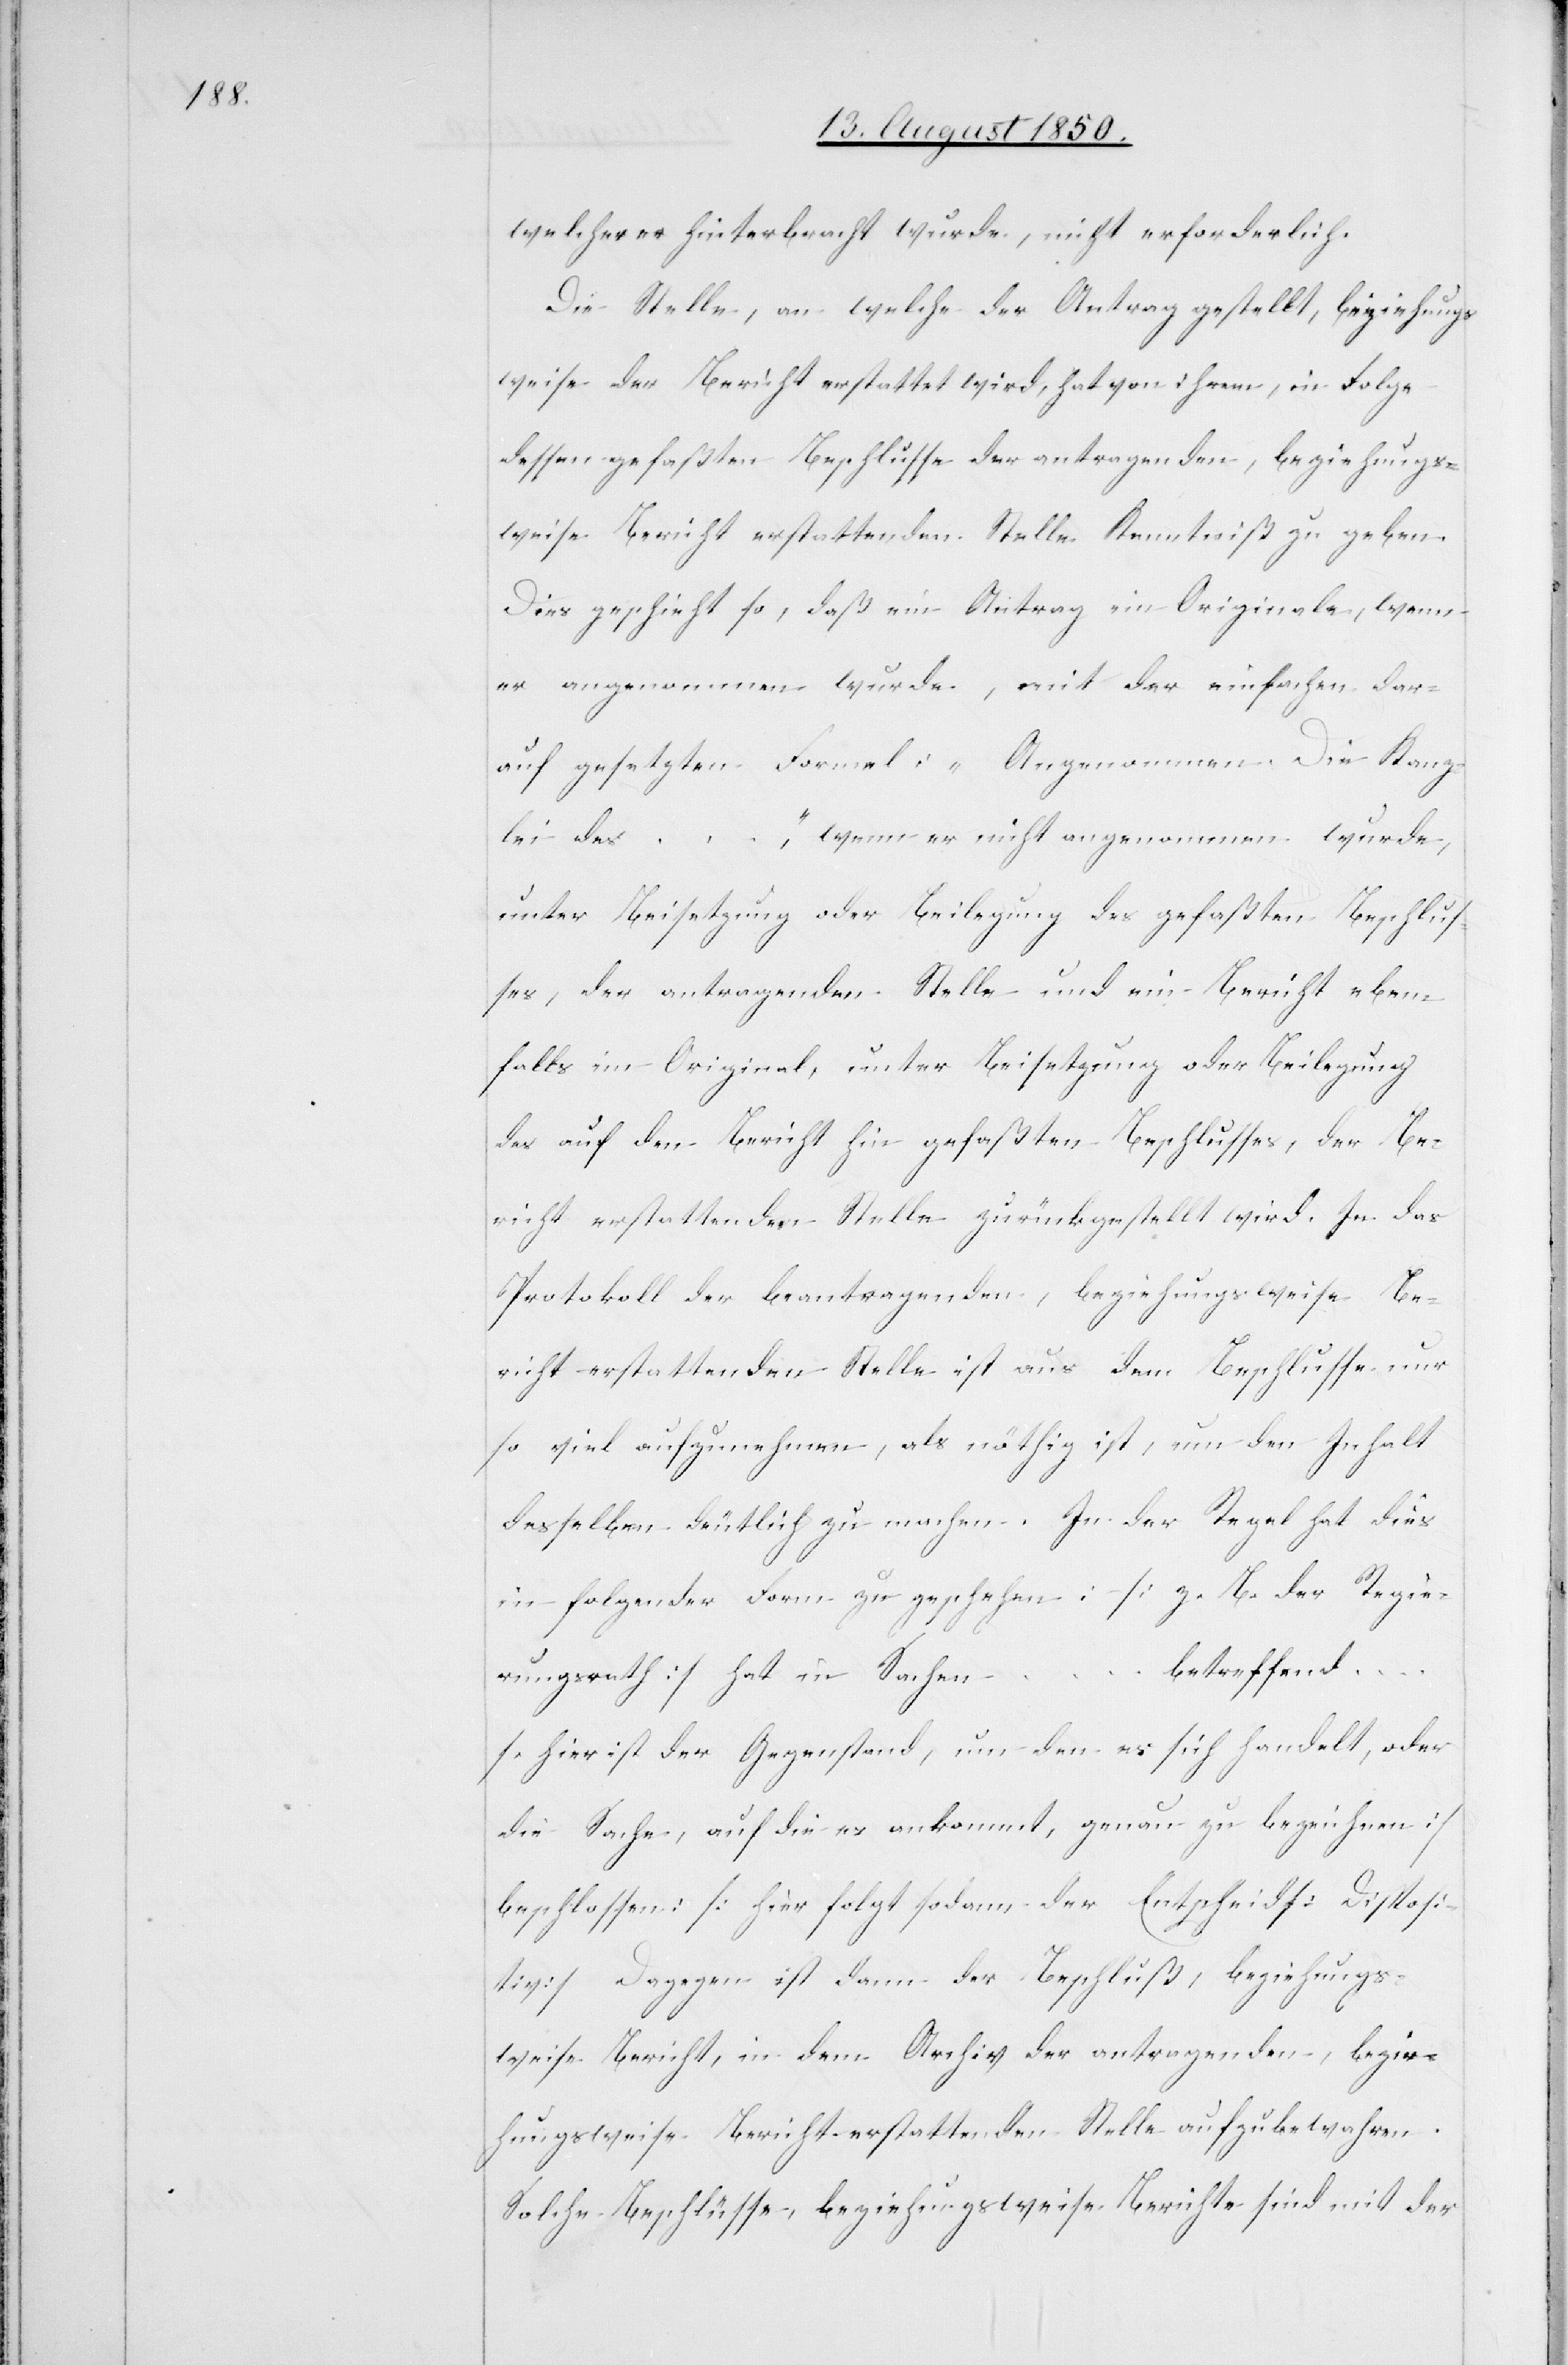
welcher er hinterbracht wurde, nicht erforderlich.
Die Stelle, an welche der Antrag gestellt, beziehungs¬
weise der Bericht erstattet wird, hat von ihrem, in Folge
dessen gefaßten Beschlusse der antragenden, beziehungs¬
weise Bericht erstattenden Stelle Kenntniß zu geben.
Dies geschieht so, daß ein Antrag im Originale, wenn
er angenommen wurde, mit der einfachen dar¬
auf gesetzten Formel: „Angenommen. Die Kanz¬
lei des …“, wenn er nicht angenommen wurde,
unter Beisetzung oder Beilegung des gefaßten Beschlus¬
ses, der antragenden Stelle und ein Bericht eben¬
falls im Original, unter Beisetzung oder Beilegung
des auf den Bericht hin gefaßten Beschlusses, der Be¬
richt erstattenden Stelle zurückgestellt wird. In das
Protokoll der beantragenden, beziehungsweise Be¬
richt erstattenden Stelle ist aus dem Beschlusse nur
so viel aufzunehmen, als nöthig ist, um den Inhalt
desselben deutlich zu machen. In der Regel hat dies
in folgender Form zu geschehen: [z. B. der Regie¬
betreffend
rungsrath] hat in Sachen
… [hier ist der Gegenstand, um den es sich handelt, oder
die Sache, auf die es ankommt, genau zu bezeichnen]
beschlossen: [hier folgt sodann der Entscheid[]] [Disposi¬
tiv] Dagegen ist dann der Beschluß, beziehungs¬
weise Bericht, in dem Archiv der antragenden, bezir¬
hungsweise [recte: beziehungsweise] Bericht erstattenden Stelle aufzubewahren.
Solche Beschlüsse, beziehungsweise Berichte sind mit der